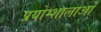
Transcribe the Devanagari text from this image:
प्रयोग्शालाओं